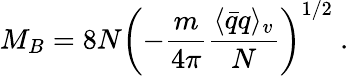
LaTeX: M_{B}=8N\left(-\frac{m}{4\pi}\frac{\langle\bar{q}q\rangle_{v}}{N}\right)^{1/2}\ .